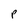
Character: p